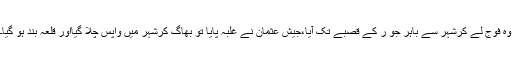
وہ فوج لے کرشہر سے باہر جو ر کے قصبے تک آیا،جیش عثمان نے غلبہ پایا تو بھاگ کرشہر میں واپس چلا گیااور قلعہ بند ہو گیا۔